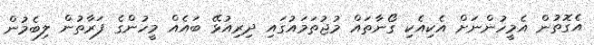
އެގޮތުން އެމީހުންނަށް އެކިއެކި ގޯނާތައް މުޖުތަމައުގައި ދިރިއުޅޭ ބައެއް މީހުންގެ ފަރާތުން ލިބެމުން